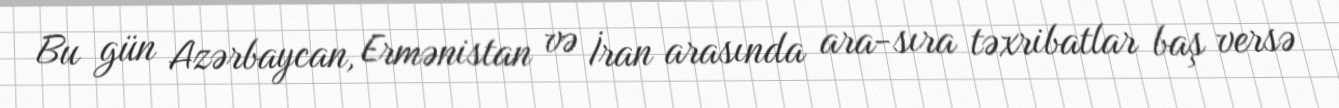
Bu gün Azərbaycan, Ermənistan və İran arasında ara-sıra təxribatlar baş versə